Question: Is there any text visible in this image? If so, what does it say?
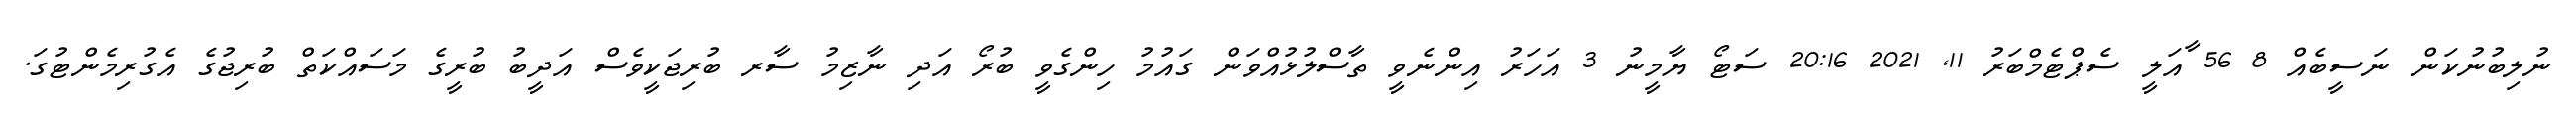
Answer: ނުލިބުނުކަން ނަސީބެއް 8 56 ާއަލީ ސެޕްޓެމްބަރު 11, 2021 20:16 ސަޓޯ ޔާމީނު 3 އަހަރު އިންނެވީ ތާސްލުޅުއްވަން ގައުމު ހިންގެވީ ބުރޯ އަދި ނާޒިމު ސާރ ބުރިޖަކީވެސް އަދީބު ބުރީގެ މަސައްކަތް ބުރިޖުގެ އެގުރިމެންޓުގަ.